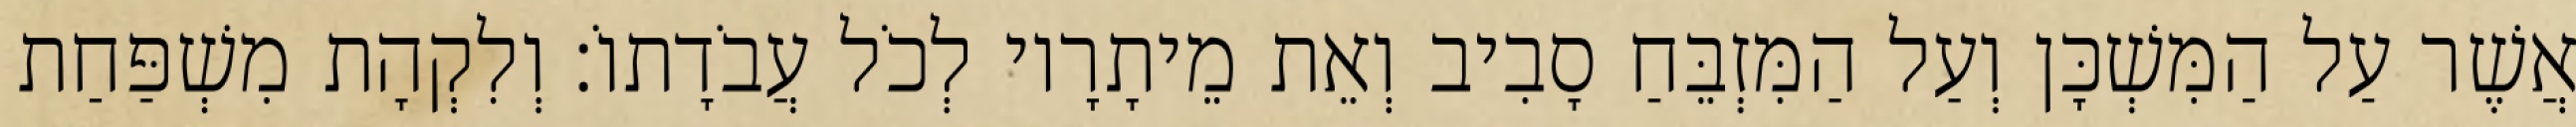
אֲשֶׁר עַל הַמִּשְׁכָּן וְעַל הַמִּזְבֵּחַ סָבִיב וְאֵת מֵיתָרָיו לְכֹל עֲבֹדָתוֹ׃ וְלִקְהָת מִשְׁפַּחַת